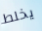
يخلط